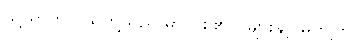
သို့ ရာတွင် သူတို့သည် မာလစ်၏လူများနှင့် မတူကြ။